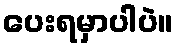
ပေးရမှာပါပဲ။